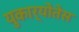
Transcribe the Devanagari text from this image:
युकार्योतेस